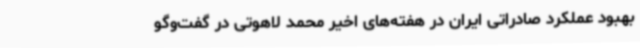
بهبود عملکرد صادراتی ایران در هفته‌های اخیر محمد لاهوتی در گفت‌وگو